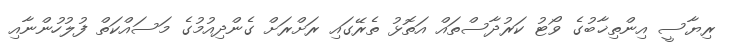
ރިޔާސީ އިންތިޚާބުގެ ވޯޓު ކަރުދާސްތައް އަތޮޅު ތެރޭގައި ރަށްރަށް ގެންދިއުމުގެ މަސައްކަތް ފުލުހުންނާއި